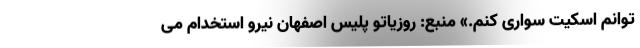
توانم اسکیت سواری کنم.» منبع: روزیاتو پلیس اصفهان نیرو استخدام می